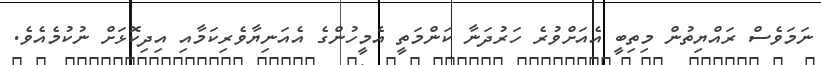
ނަމަވެސް ރައްޔިތުން މިތިބީ އެއަށްވުރެ ހަރުދަނާ ކަންމަތީ އެމީހުންގެ އެއަނިޔާވެރިކަމާއި އިދިކޮޅަށް ނުކުމެއެވެ.